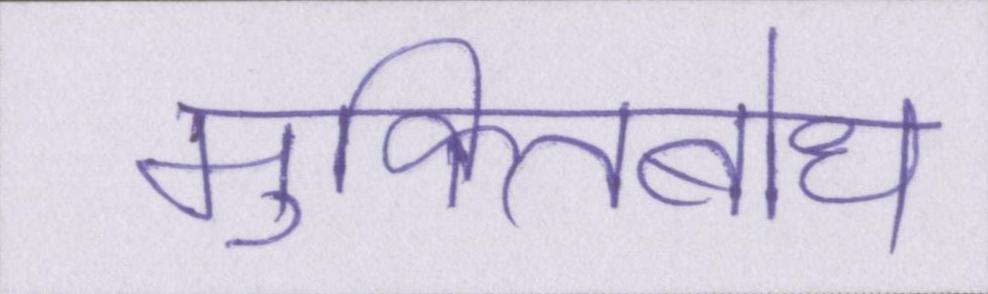
मुक्तिबोध